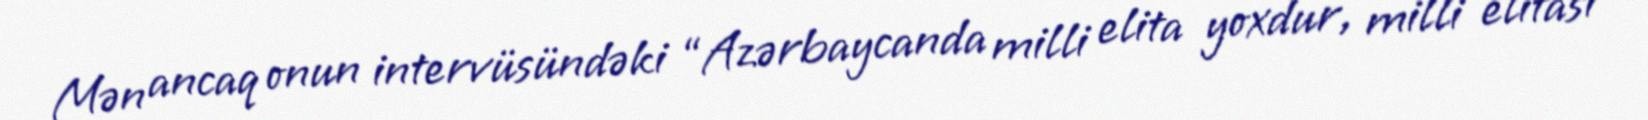
Mən ancaq onun intervüsündəki “Azərbaycanda milli elita yoxdur, milli elitası